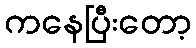
ကနေပြီးတော့